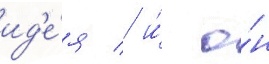
ид'е́я / и́ о́н